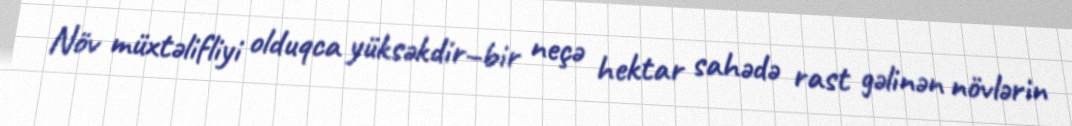
Növ müxtəlifliyi olduqca yüksəkdir–bir neçə hektar sahədə rast gəlinən növlərin